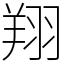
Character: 翔